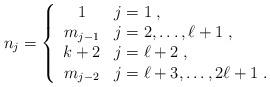
LaTeX: \begin{align*} n_j=\left\{ \begin{array}{cl} 1&j=1\;,\\ m_{j-1}&j=2,\dots,\ell+1\;,\\ k+2&j=\ell+2\;,\\ m_{j-2}&j=\ell+3,\dots,2\ell+1\;. \end{array} \right.\end{align*}